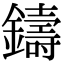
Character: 鑄